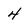
Character: 4